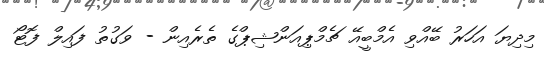
މިދިޔަ އަހަރު ބޭއްވި އެމްބީއޭ ޗެމްޕިއަންޝިޕްގެ ތެރެއިން - ވަގުތު ފައިލް ފޮޓޯ